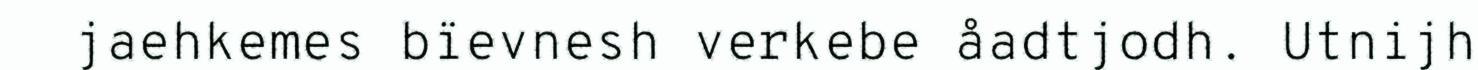
jaehkemes bïevnesh verkebe åadtjodh. Utnijh